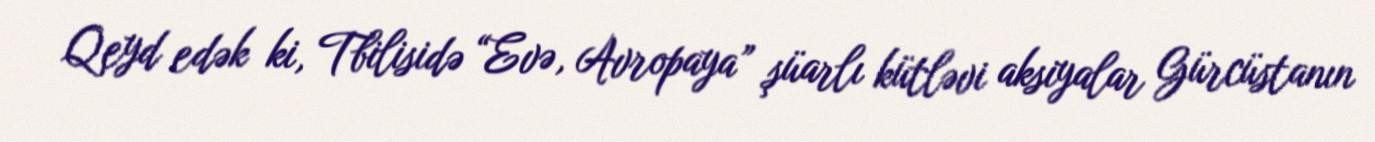
Qeyd edək ki, Tbilisidə “Evə, Avropaya” şüarlı kütləvi aksiyalar Gürcüstanın